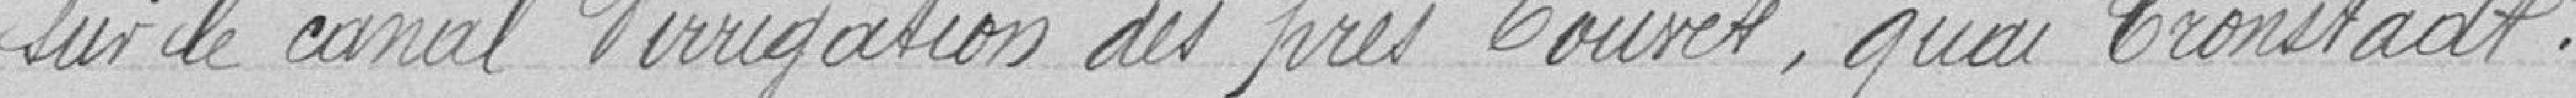
sur le canal d'irrigation des près Couvet, quai Cronstadt.